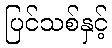
ပြင်သစ်နှင့်